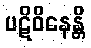
ပဋိဝိနေန္တိ